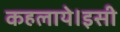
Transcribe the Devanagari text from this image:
कहलाये।इसी